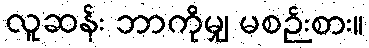
လူဆန်း ဘာကိုမျှ မစဉ်းစား။